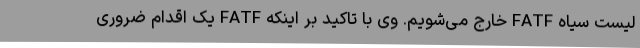
لیست سیاه FATF خارج می‌شویم. وی با تاکید بر اینکه FATF یک اقدام ضروری